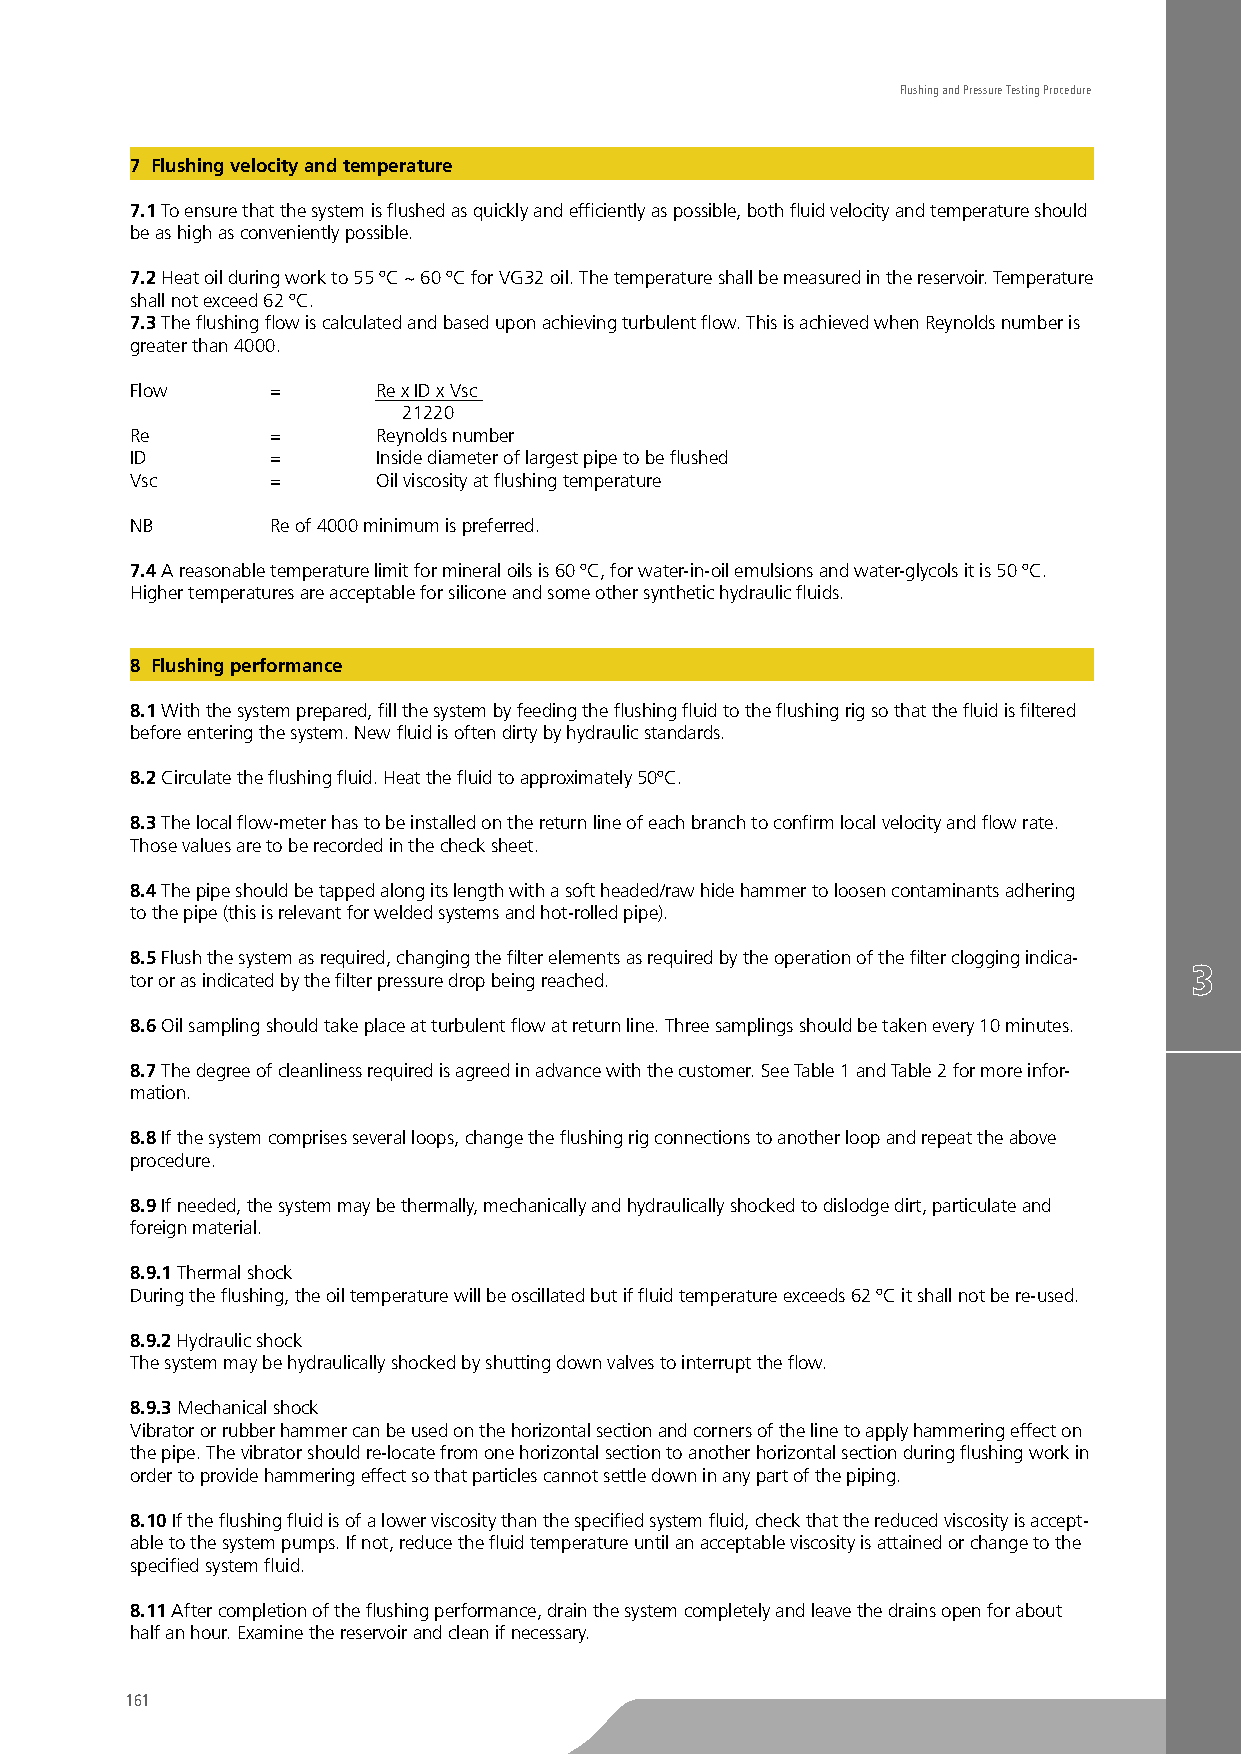
Flushing and Pressure Testing Procedure
 7 Flushing velocity and temperature
 7.1 To ensure that the system is flushed as quickly and efficiently as possible, both fluid velocity and temperature should
 be as high as conveniently possible.
 7.2 Heat oil during work to 55 ºC ~ 60 ºC for VG32 oil. The temperature shall be measured in the reservoir. Temperature
 shall not exceed 62 ºC.
 7.3 The flushing flow is calculated and based upon achieving turbulent flow. This is achieved when Reynolds number is
 greater than 4000.
 Flow     =      Re x ID x Vsc
 21220
 Re       =      Reynolds number
 ID       =      Inside diameter of largest pipe to be flushed
 Vsc      =      Oil viscosity at flushing temperature
 NB       Re of 4000 minimum is preferred.
 7.4 A reasonable temperature limit for mineral oils is 60 ºC, for water-in-oil emulsions and water-glycols it is 50 ºC.
 Higher temperatures are acceptable for silicone and some other synthetic hydraulic fluids.
 8 Flushing performance
 8.1 With the system prepared, fill the system by feeding the flushing fluid to the flushing rig so that the fluid is filtered
 before entering the system. New fluid is often dirty by hydraulic standards.
 8.2 Circulate the flushing fluid. Heat the fluid to approximately 50ºC.
 8.3 The local flow-meter has to be installed on the return line of each branch to confirm local velocity and flow rate.
 Those values are to be recorded in the check sheet.
 8.4 The pipe should be tapped along its length with a soft headed/raw hide hammer to loosen contaminants adhering
 to the pipe (this is relevant for welded systems and hot-rolled pipe).
 8.5 Flush the system as required, changing the filter elements as required by the operation of the filter clogging indica-
 tor or as indicated by the filter pressure drop being reached.
 8.6 Oil sampling should take place at turbulent flow at return line. Three samplings should be taken every 10 minutes.
 8.7 The degree of cleanliness required is agreed in advance with the customer. See Table 1 and Table 2 for more infor-
 mation.
 8.8 If the system comprises several loops, change the flushing rig connections to another loop and repeat the above
 procedure.
 8.9 If needed, the system may be thermally, mechanically and hydraulically shocked to dislodge dirt, particulate and
 foreign material.
 8.9.1 Thermal shock
 During the flushing, the oil temperature will be oscillated but if fluid temperature exceeds 62 ºC it shall not be re-used.
 8.9.2 Hydraulic shock
 The system may be hydraulically shocked by shutting down valves to interrupt the flow.
 8.9.3 Mechanical shock
 Vibrator or rubber hammer can be used on the horizontal section and corners of the line to apply hammering effect on
 the pipe. The vibrator should re-locate from one horizontal section to another horizontal section during flushing work in
 order to provide hammering effect so that particles cannot settle down in any part of the piping.
 8.10 If the flushing fluid is of a lower viscosity than the specified system fluid, check that the reduced viscosity is accept-
 able to the system pumps. If not, reduce the fluid temperature until an acceptable viscosity is attained or change to the
 specified system fluid.
 8.11 After completion of the flushing performance, drain the system completely and leave the drains open for about
 half an hour. Examine the reservoir and clean if necessary.
 161
 TO
 BE
 CUTTED
 OFF